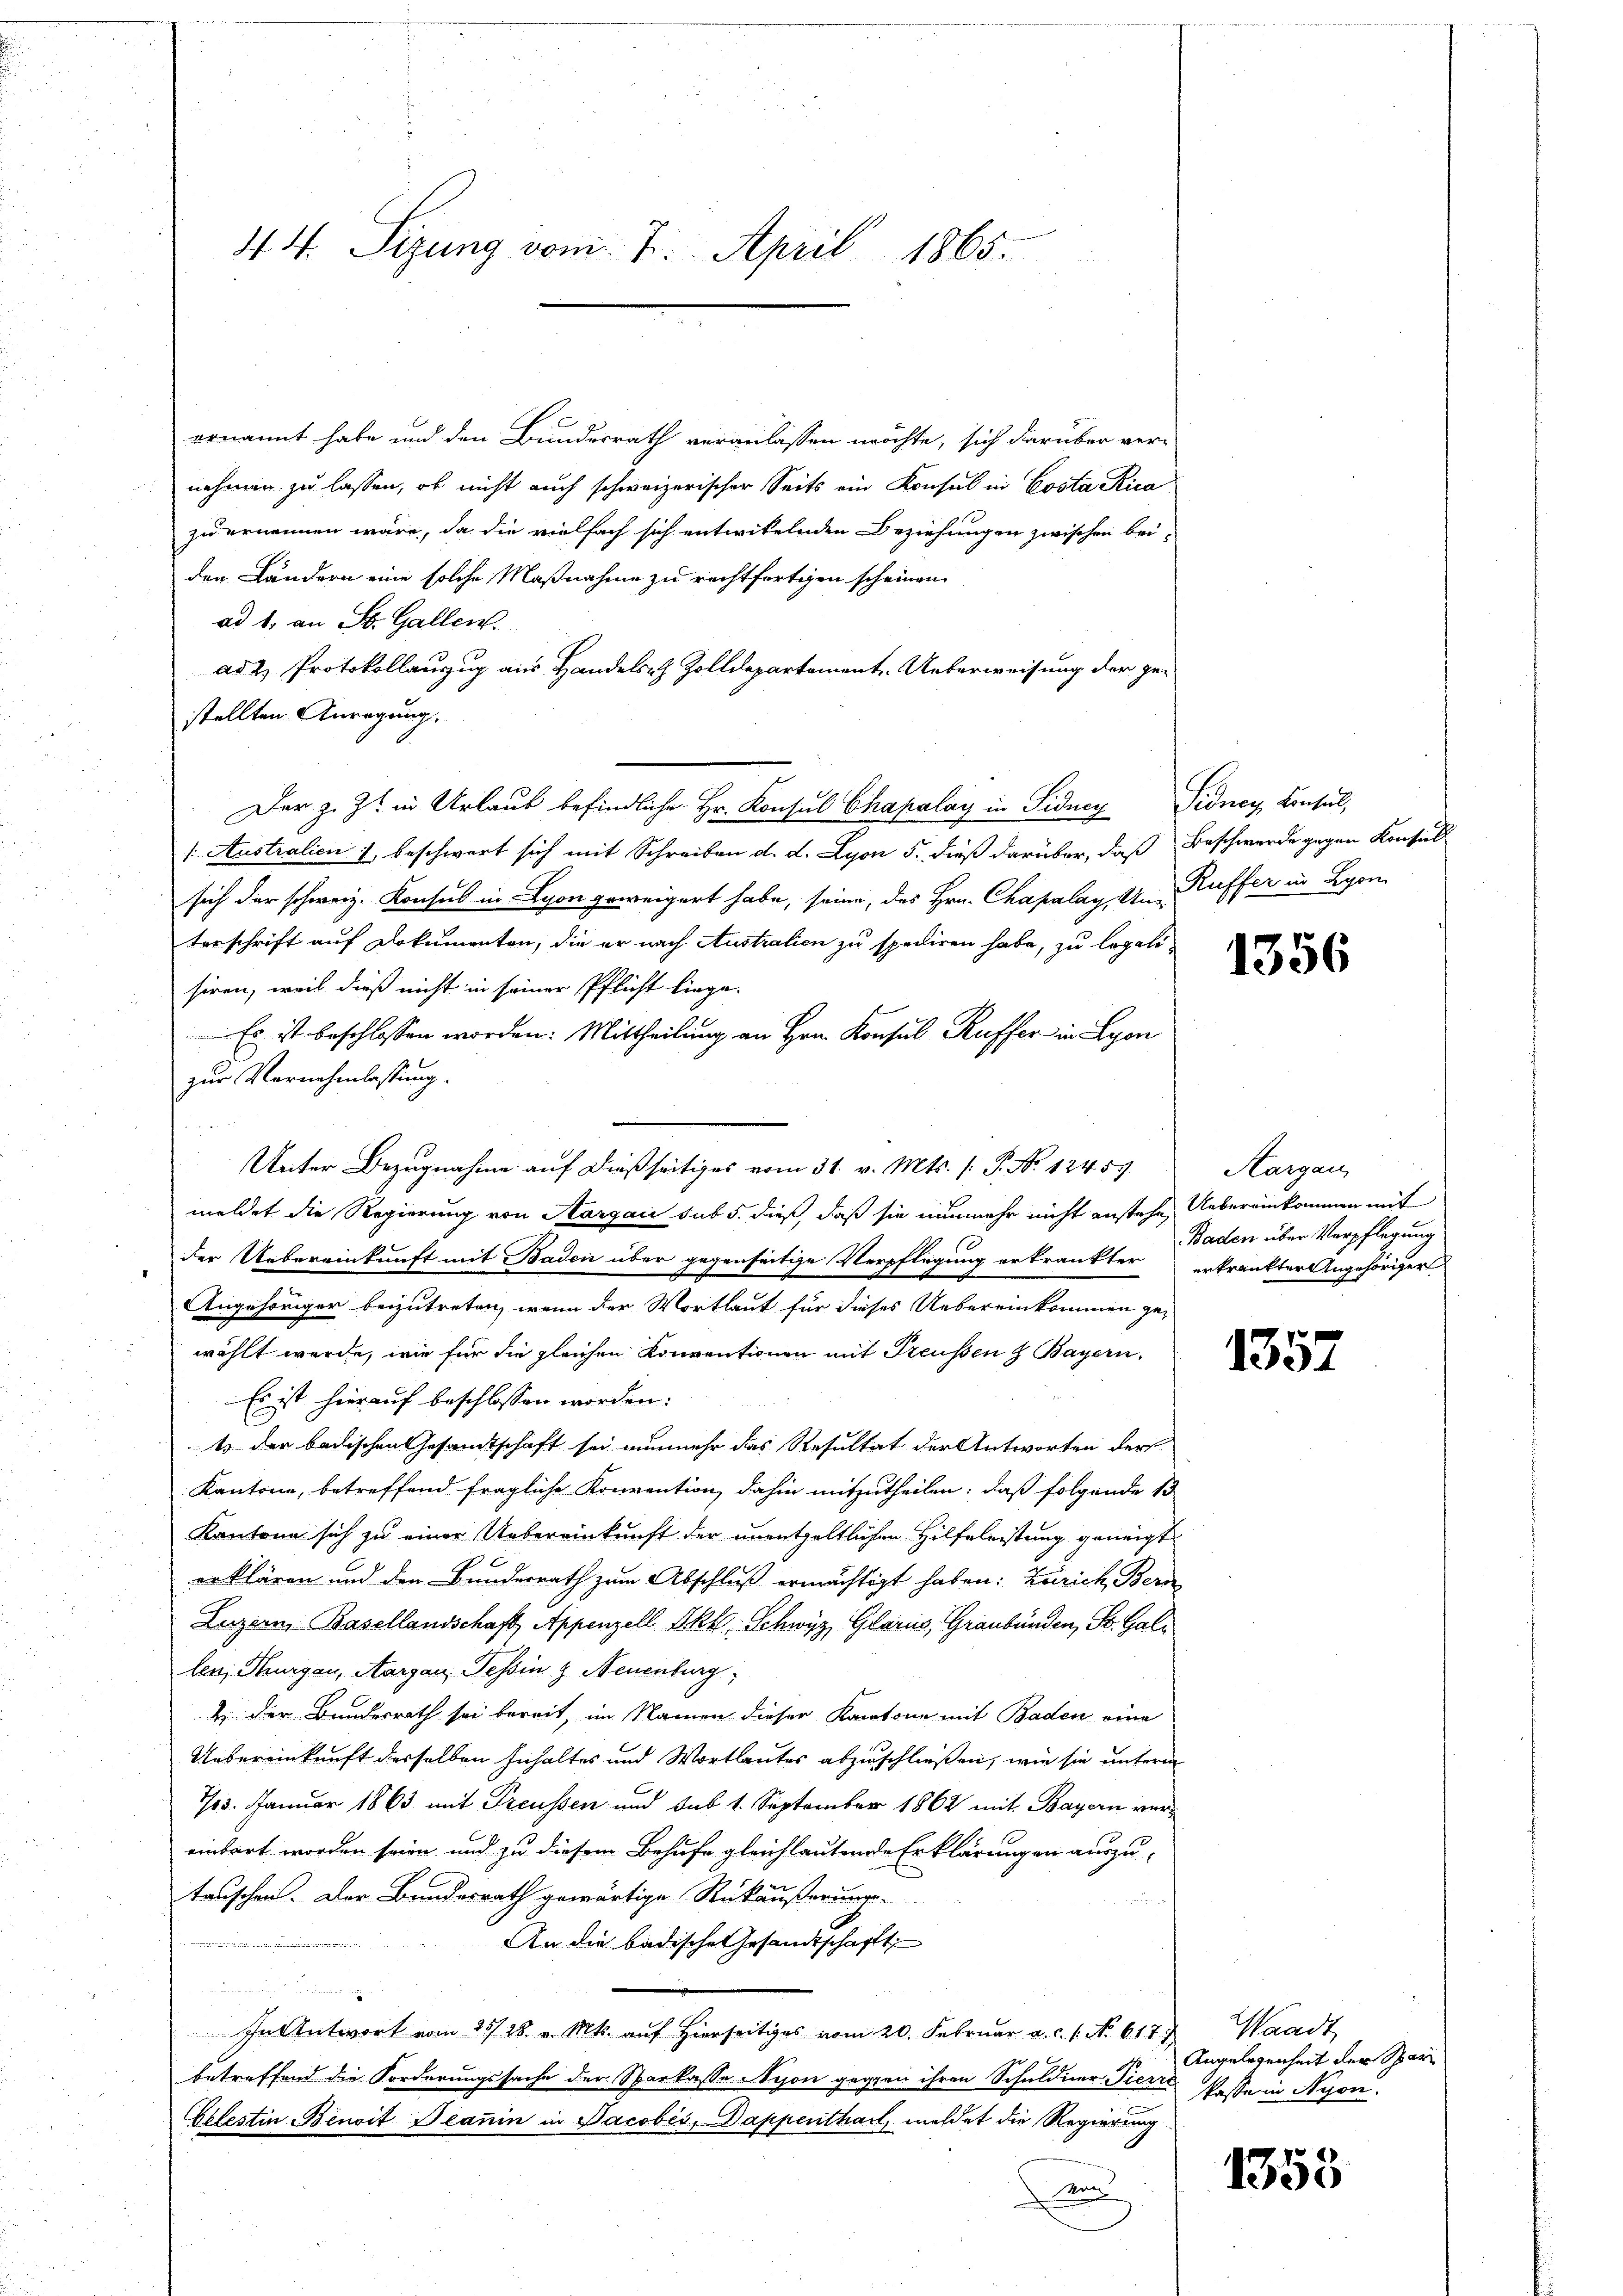
44. Sizung vom 7. April 1865.

ernannt habe und den Bundesrath veranlassen möchte, sich darüber ver-
nehmen zu lassen, ob nicht auch schweizerischer Seits ein Konsul in Costa Rica
zu ernennen wäre, da die vielfach sich entwitelnden Beziehungen zwischen bei-
den Ländern eine solche Maßnahme zu rechtfertigen scheinen.
ad 1, an St. Gallen.
ad 2. Protokollauzug aus Handelsr. Zolldepartement. Ueberweisung der gestellten Anregung.
Der z. Z. in Urlaub befindliche Hr. Konsul Chapalay in Sidney Pidney, Consul,
/: Australien 1, beschwert sich mit Schreiben d. d. Lyon 5. dieß darüber, daß Beschwerde gegen Konsuls
sich der schweiz. Konsul in Lyon geweigert habe, seine, des Hrn. Chapalag. Un- Kuffer in Lyon
terschrift auf Dokumenten, die er nach Australien zu spediren habe, zu legali-
siren, weil dieß nicht in seiner Pflicht liege.
Es ist beschlossen worden. Mittheilung an Hrn. Konsul Kuffer in Lyon
zur Vernehmlassung.
Unter Bezugnahme auf dießseitiges vom 31. v. Mts. /: P. Nr. 12459
meldet die Regierung von Aargau sub 5. dieß, daß sie nunmehr nicht anstehe, Uebereinkommen mit
der Uebereinkunft mit Baden über gegenseitige Verpflegung ertränkter erkränkter Angehöriger
Angehöriger beizutreten, wenn der Wortlaut für dieses Uebereinkommen gewählt werde, wie für die gleichen Konventionen mit Preußen & Bayern.
Es ist hierauf beschlossen worden:
t der badischen Gesamtschaft sei nunmehr das Resultat der Antworten ders
Kantone, betreffend fragliche Konvention dahin mitzutheilen; daß folgende 15
Kantone sich zu einer Uebereinkunft der unentgeltlichen Hilfeleistung geneigt
erklären und den Bundesrath zum Abschluß ermächtigt haben: Zürich, Bern
Luzern, Basellandschaft, Appenzell Akt. Schwyz, Glarus, Graubünden, St. Gallen, Thurgau, Aargau, Tessin & Neuenburg,
2 der Bundesrath sei bereit, im Namen dieser Kantone mit Baden eine
Uebereinkunft derselben Inhaltes und Wortlautes abzuschließen, wie sie unterm
713. Januar 1863 mit Preussen und Sub 1. September 1862 mit Bayern vereinbart worden seien und zu diesem Behufe gleichlautende Erklärungen auszu-
tauschen. Der Bundesrath gewärtige Rückäußerungs-
f
An die badische Gesandtschafft,
ates Herr
In Antwort vom 25. 28. v. Mts. aŭf hierseitiges vom 20. Febrŭar a. c. 1. No 617 & Waadt
betreffend die Forderungssache der Sparkasse Nyon gegen ihren Schuldner Tieres Wasse in Nyon.
Celestin Benoit Beanin in Jacobis, Dappenthail, meldet die Regierung
Ken

1356

Aargau
Baden über Verpflegung

1357

Angelegenheit der Spar

1358